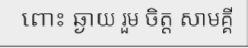
ពោះ ឆ្ងាយ រួម ចិត្ត សាមគ្គី